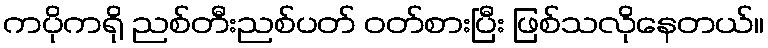
ကပိုကရို ညစ်တီးညစ်ပတ် ဝတ်စားပြီး ဖြစ်သလိုနေတယ်။